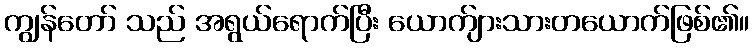
ကျွန်တော် သည် အရွယ်ရောက်ပြီး ယောက်ျားသားတယောက်ဖြစ်၏။